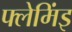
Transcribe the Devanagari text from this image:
फ्लेमिंइ